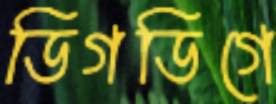
ডিগডিগে